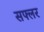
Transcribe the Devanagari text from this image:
सफ्लर